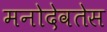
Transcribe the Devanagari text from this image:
मनोदेवतेस